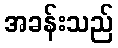
အခန်းသည်